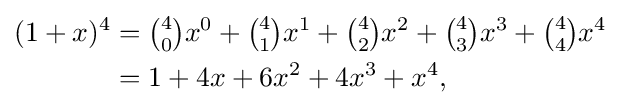
{\begin{aligned}(1+x)^{4}&={\tbinom {4}{0}}x^{0}+{\tbinom {4}{1}}x^{1}+{\tbinom {4}{2}}x^{2}+{\tbinom {4}{3}}x^{3}+{\tbinom {4}{4}}x^{4}\\&=1+4x+6x^{2}+4x^{3}+x^{4},\end{aligned}}